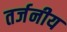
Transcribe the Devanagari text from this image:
तर्जनीय